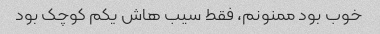
خوب بود ممنونم، فقط سیب هاش یکم کوچک بود